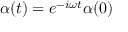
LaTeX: ~ \alpha ( t ) = e ^ { - i \omega t } \alpha ( 0 )